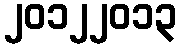
၂၀၁၂၂၀၁၃